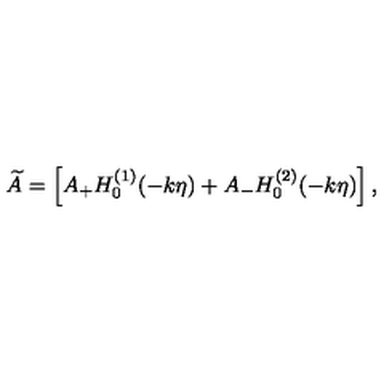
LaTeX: \widetilde { A } = \left[ A _ { + } H _ { 0 } ^ { ( 1 ) } ( - k \eta ) + A _ { - } H _ { 0 } ^ { ( 2 ) } ( - k \eta ) \right] ,